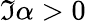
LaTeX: \Im{\alpha}>0